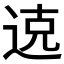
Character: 𫐦